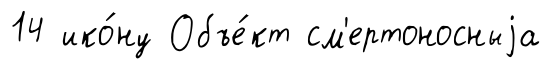
14 ико́ну Объе́кт см'ертоносныjа